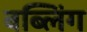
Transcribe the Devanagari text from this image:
बब्लिंग